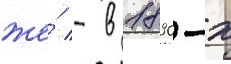
же́ - в 1890-х